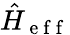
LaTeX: \hat{H}_{\mathrm{~e~f~f~}}